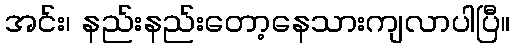
အင်း၊ နည်းနည်းတော့နေသားကျလာပါပြီ။